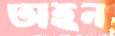
অহন